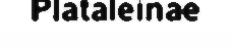
Plataleinae